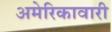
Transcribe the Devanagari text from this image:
अमेरिकावारी